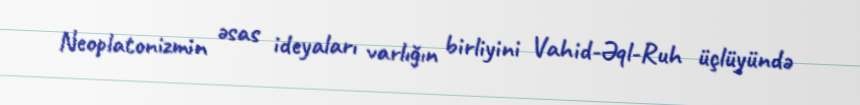
Neoplatonizmin əsas ideyaları varlığın birliyini Vahid-Əql-Ruh üçlüyündə